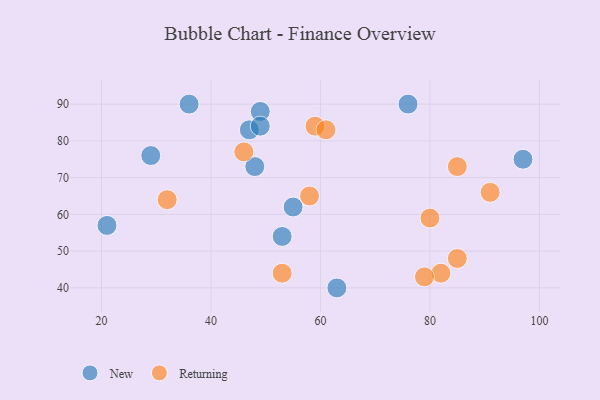
{"axis": {"x": "GDP", "y": "Life Expectancy"}, "legend": ["New", "Returning"], "data": [{"x": "55", "y": 62, "type": "New"}, {"x": "21", "y": 57, "type": "New"}, {"x": "49", "y": 88, "type": "New"}, {"x": "76", "y": 90, "type": "New"}, {"x": "36", "y": 90, "type": "New"}, {"x": "47", "y": 83, "type": "New"}, {"x": "48", "y": 73, "type": "New"}, {"x": "49", "y": 84, "type": "New"}, {"x": "63", "y": 40, "type": "New"}, {"x": "97", "y": 75, "type": "New"}, {"x": "53", "y": 54, "type": "New"}, {"x": "29", "y": 76, "type": "New"}, {"x": "59", "y": 84, "type": "Returning"}, {"x": "85", "y": 48, "type": "Returning"}, {"x": "46", "y": 77, "type": "Returning"}, {"x": "61", "y": 83, "type": "Returning"}, {"x": "82", "y": 44, "type": "Returning"}, {"x": "85", "y": 73, "type": "Returning"}, {"x": "79", "y": 43, "type": "Returning"}, {"x": "32", "y": 64, "type": "Returning"}, {"x": "53", "y": 44, "type": "Returning"}, {"x": "91", "y": 66, "type": "Returning"}, {"x": "80", "y": 59, "type": "Returning"}, {"x": "58", "y": 65, "type": "Returning"}]}